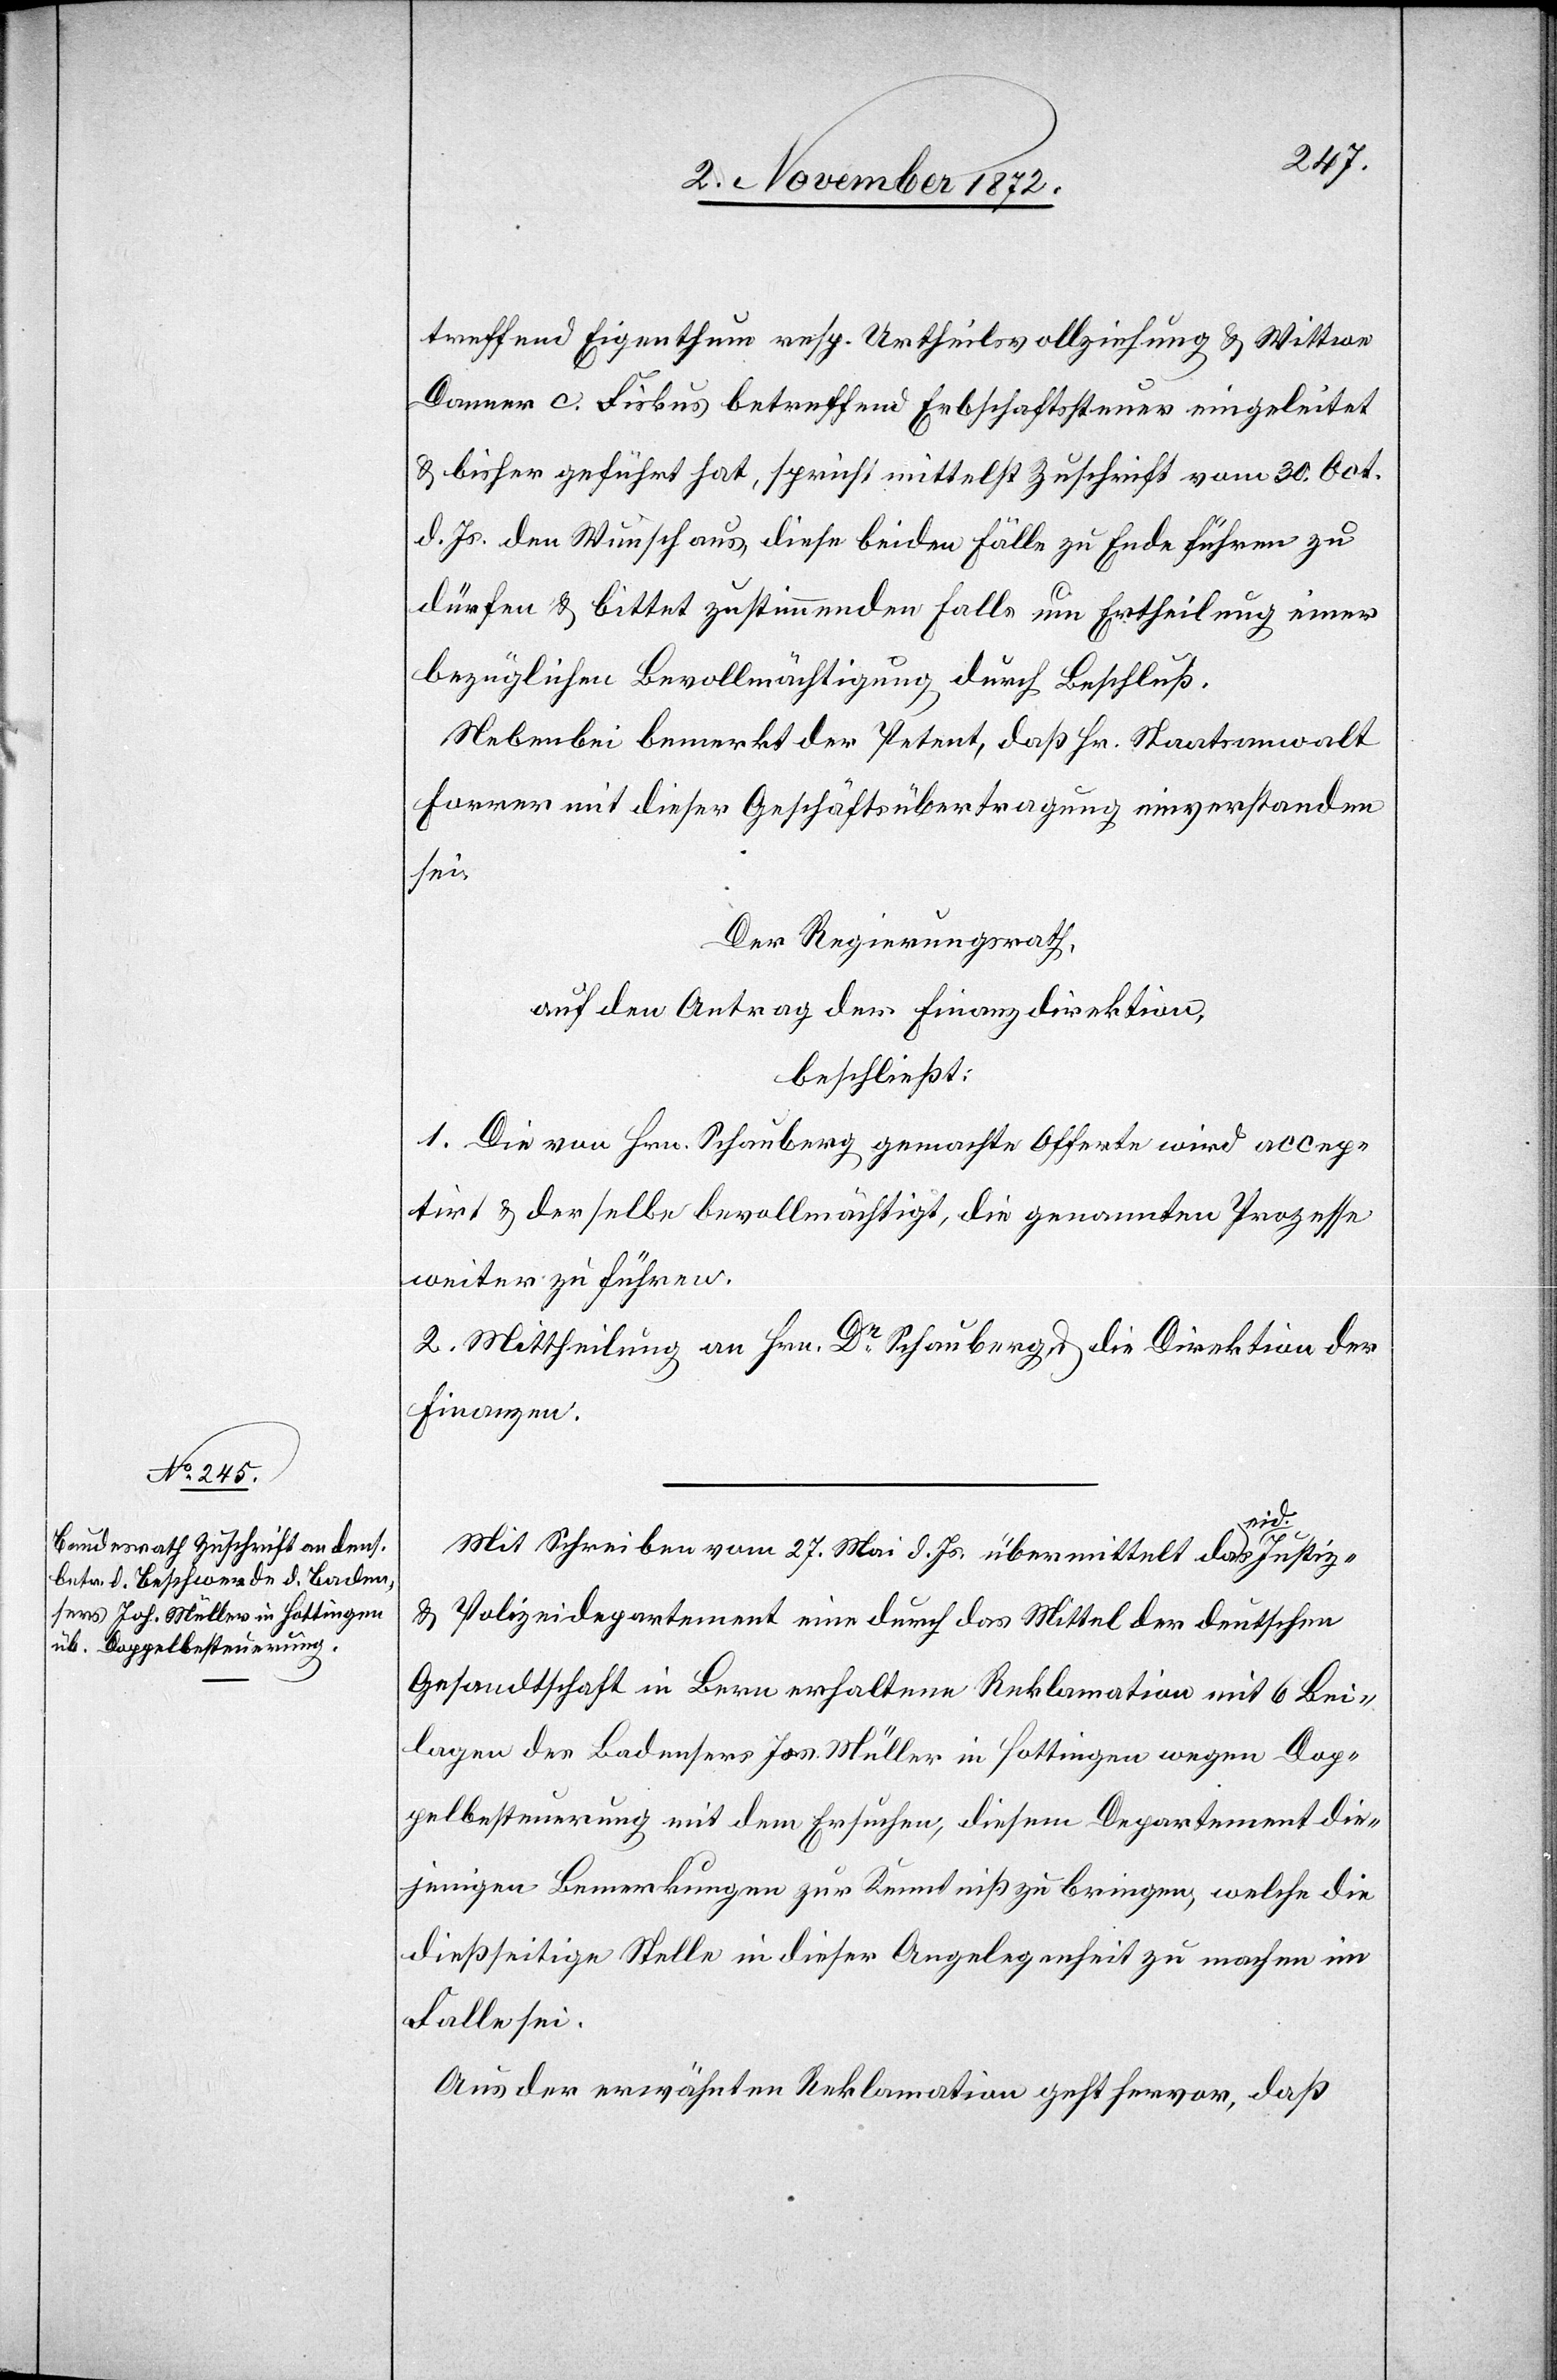
treffend Eigenthum resp. Urtheilsvollziehung u. Wittwe
Danner c. Fiskus betreffend Erbschaftssteuer eingeleitet
u. bisher geführt hat, spricht mittelst Zuschrift vom 30. Oct.
d. Js. den Wunsch aus, diese beiden Fälle zu Ende führen zu
dürfen u. bittet zustimmenden Falls um Ertheilung einer
bezüglichen Bevollmächtigung durch Beschluß.
Nebenbei bemerkt der Petent, daß Hr. Staatsanwalt
Forrer mit dieser Geschäftsübertragung einverstanden
sei.
Der Regierungsrath,
auf den Antrag der Finanzdirektion,
beschließt:
1. Die von Hrn. Schauberg gemachte Offerte wird accep¬
tirt u. derselbe bevollmächtigt, die genannten Prozesse
weiter zu führen.
2. Mittheilung an Hrn. Dr Schauberg u. die Direktion der
Finanzen.
Mit Schreiben vom 27. Mai d. Js. übermittelt das eid.
u. Polizeidepartement eine durch das Mittel der deutschen
Gesandtschaft in Bern erhaltene Reklamation mit 6 Bei¬
lagen des Badensers Jos. Müller [sic!] in Hottingen wegen Dop¬
pelbesteuerung mit dem Ersuchen, diesem Departement die¬
jenigen Bemerkungen zur Kenntniß zu bringen, welche die
dießseitige Stelle in dieser Angelegenheit zu machen im
Falle sei.
Aus der erwähnten Reklamation geht hervor, daß